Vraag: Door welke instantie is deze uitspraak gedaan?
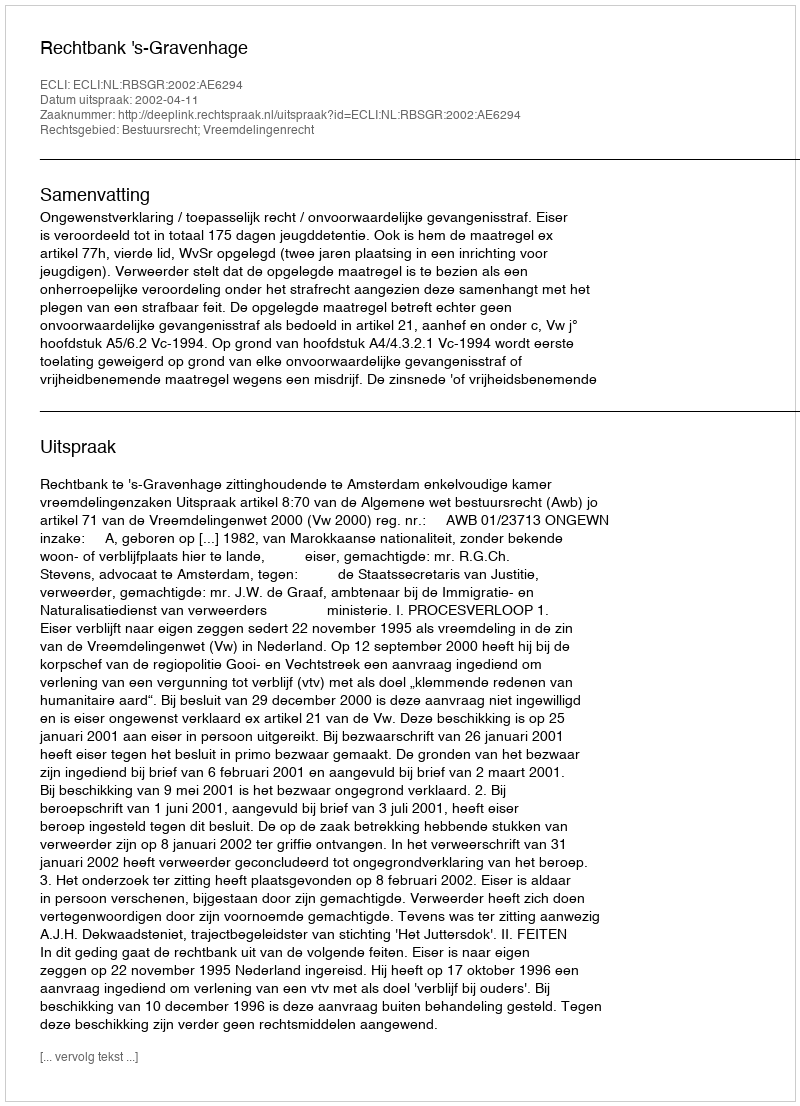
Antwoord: Rechtbank 's-Gravenhage